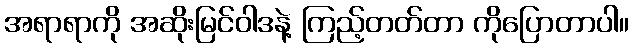
အရာရာကို အဆိုးမြင်ဝါဒနဲ့ ကြည့်တတ်တာ ကိုပြောတာပါ။